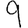
Digit: 9